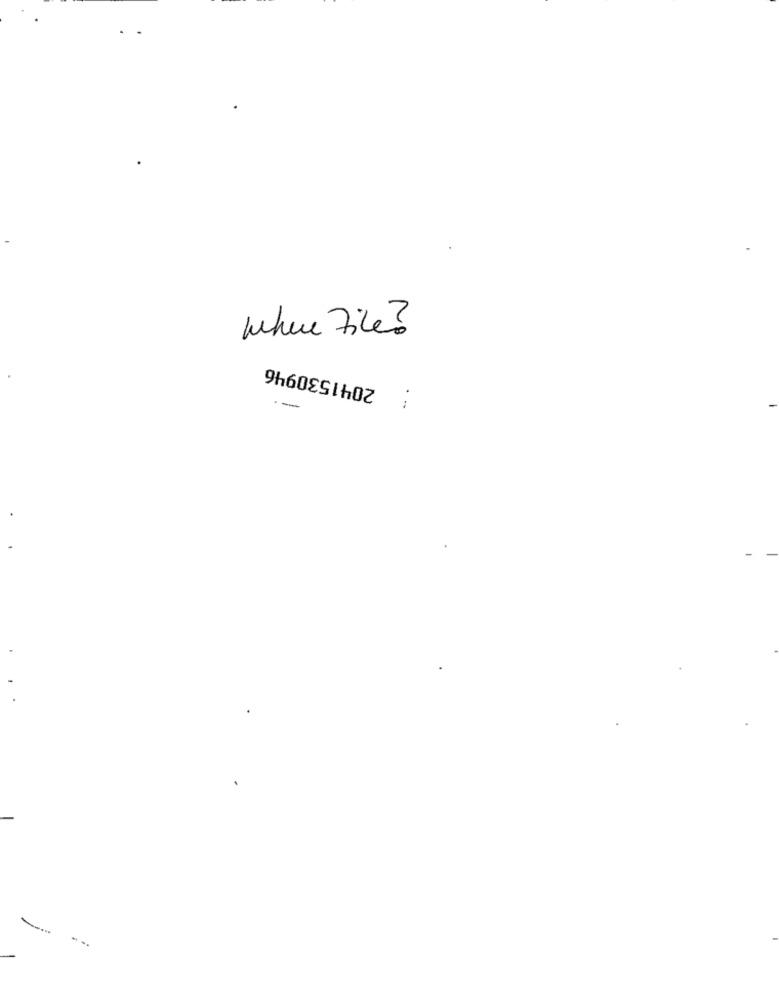
where File?
2041530946
-
: